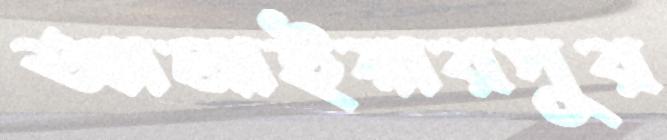
আলাইয়ারপুর